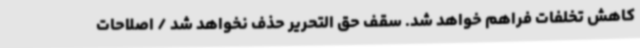
کاهش تخلفات فراهم خواهد شد. سقف حق التحریر حذف نخواهد شد / اصلاحات